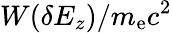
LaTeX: W(\delta E_{z})/m_{\mathrm{e}}c^{2}